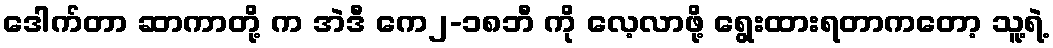
ဒေါက်တာ ဆာကာတို့ က အဲဒီ ကေ၂-၁၈ဘီ ကို လေ့လာဖို့ ရွေးထားရတာကတော့ သူ့ရဲ့